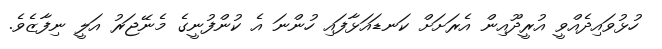
ހުޅުވައިދެއްވީ އުރީދޫއިން އެރަށަށް ކަނޑައަޅާފައި ހުންނަ އެ ކުންފުނީގެ މެނޭޖަރު އަލީ ނިފާޒެވެ.